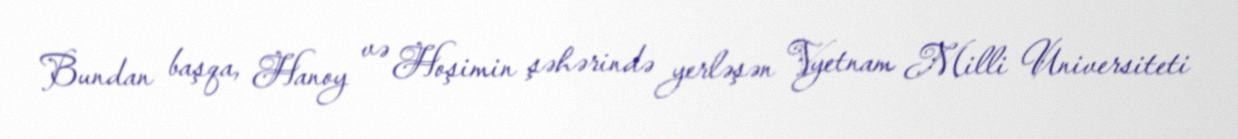
Bundan başqa, Hanoy və Hoşimin şəhərində yerləşən Vyetnam Milli Universiteti